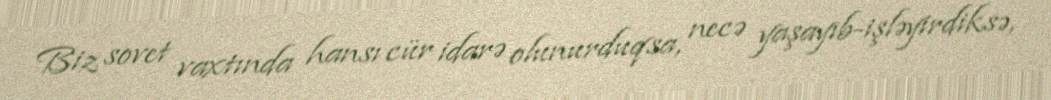
Biz sovet vaxtında hansı cür idarə olunurduqsa, necə yaşayıb-işləyirdiksə,